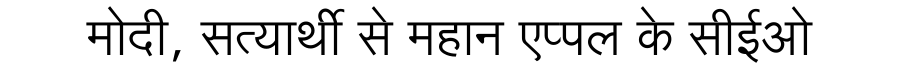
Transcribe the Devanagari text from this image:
मोदी, सत्यार्थी से महान एप्पल के सीईओ